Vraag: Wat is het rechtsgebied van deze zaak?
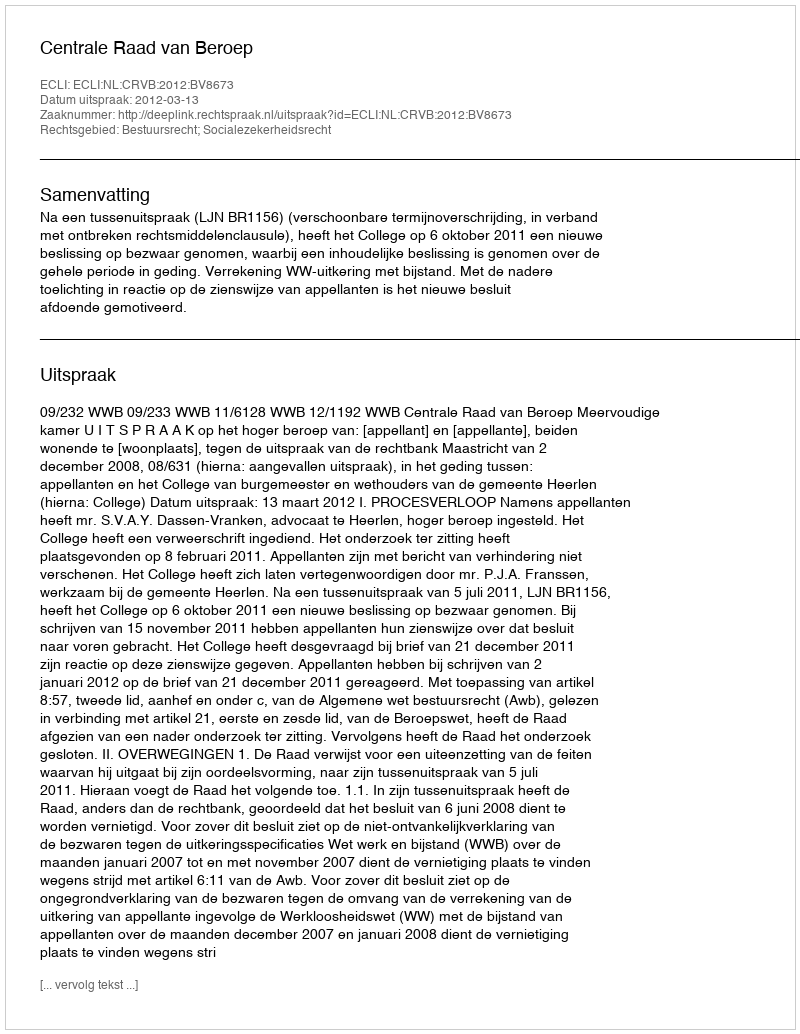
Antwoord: Bestuursrecht; Socialezekerheidsrecht